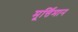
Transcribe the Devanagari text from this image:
मूर्त्तिमान